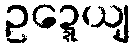
ဥဍ္ဍေယျ